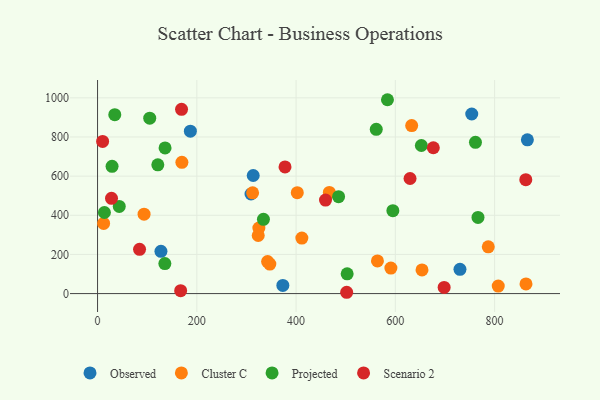
{"axis": {"x": "Price", "y": "Exam Score"}, "legend": ["Cluster C", "Observed", "Projected", "Scenario 2"], "data": [{"x": "313.6", "y": 603.2, "type": "Observed"}, {"x": "730.2", "y": 123.9, "type": "Observed"}, {"x": "187.0", "y": 829.6, "type": "Observed"}, {"x": "309.2", "y": 508.8, "type": "Observed"}, {"x": "866.0", "y": 785.4, "type": "Observed"}, {"x": "753.9", "y": 917.4, "type": "Observed"}, {"x": "127.7", "y": 216.1, "type": "Observed"}, {"x": "373.3", "y": 41.7, "type": "Observed"}, {"x": "632.9", "y": 858.1, "type": "Cluster C"}, {"x": "563.9", "y": 167.0, "type": "Cluster C"}, {"x": "347.1", "y": 150.8, "type": "Cluster C"}, {"x": "591.0", "y": 130.4, "type": "Cluster C"}, {"x": "787.2", "y": 239.1, "type": "Cluster C"}, {"x": "342.6", "y": 163.5, "type": "Cluster C"}, {"x": "402.4", "y": 515.6, "type": "Cluster C"}, {"x": "325.0", "y": 334.6, "type": "Cluster C"}, {"x": "93.7", "y": 405.8, "type": "Cluster C"}, {"x": "467.0", "y": 516.9, "type": "Cluster C"}, {"x": "323.7", "y": 296.8, "type": "Cluster C"}, {"x": "12.2", "y": 358.4, "type": "Cluster C"}, {"x": "169.9", "y": 670.5, "type": "Cluster C"}, {"x": "653.7", "y": 120.7, "type": "Cluster C"}, {"x": "411.6", "y": 283.4, "type": "Cluster C"}, {"x": "312.4", "y": 514.6, "type": "Cluster C"}, {"x": "807.3", "y": 38.5, "type": "Cluster C"}, {"x": "863.2", "y": 49.4, "type": "Cluster C"}, {"x": "595.0", "y": 423.7, "type": "Projected"}, {"x": "136.0", "y": 744.3, "type": "Projected"}, {"x": "584.1", "y": 990.3, "type": "Projected"}, {"x": "652.4", "y": 756.4, "type": "Projected"}, {"x": "485.6", "y": 494.9, "type": "Projected"}, {"x": "761.4", "y": 772.9, "type": "Projected"}, {"x": "135.6", "y": 153.3, "type": "Projected"}, {"x": "13.8", "y": 414.2, "type": "Projected"}, {"x": "561.5", "y": 839.0, "type": "Projected"}, {"x": "766.5", "y": 389.1, "type": "Projected"}, {"x": "105.1", "y": 895.8, "type": "Projected"}, {"x": "121.4", "y": 657.9, "type": "Projected"}, {"x": "502.9", "y": 101.0, "type": "Projected"}, {"x": "29.2", "y": 650.2, "type": "Projected"}, {"x": "34.7", "y": 913.7, "type": "Projected"}, {"x": "43.7", "y": 445.3, "type": "Projected"}, {"x": "334.2", "y": 379.2, "type": "Projected"}, {"x": "28.1", "y": 486.7, "type": "Scenario 2"}, {"x": "84.6", "y": 226.2, "type": "Scenario 2"}, {"x": "169.2", "y": 941.4, "type": "Scenario 2"}, {"x": "862.8", "y": 581.9, "type": "Scenario 2"}, {"x": "459.3", "y": 477.9, "type": "Scenario 2"}, {"x": "501.9", "y": 6.7, "type": "Scenario 2"}, {"x": "629.6", "y": 587.8, "type": "Scenario 2"}, {"x": "167.4", "y": 15.1, "type": "Scenario 2"}, {"x": "698.3", "y": 31.4, "type": "Scenario 2"}, {"x": "10.2", "y": 777.2, "type": "Scenario 2"}, {"x": "377.7", "y": 646.9, "type": "Scenario 2"}, {"x": "676.5", "y": 745.0, "type": "Scenario 2"}]}